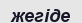
жегіде